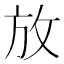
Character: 放